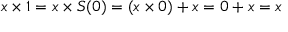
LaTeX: x \times 1 = x \times S ( 0 ) = ( x \times 0 ) + x = 0 + x = x